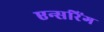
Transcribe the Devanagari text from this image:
एन्सरिंग